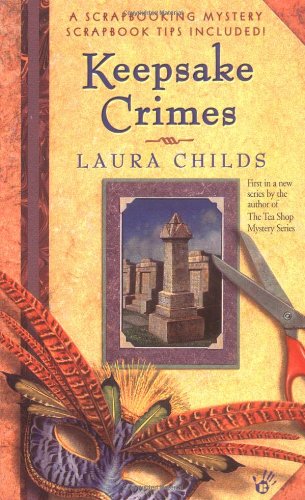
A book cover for Keepsake Crimes (A Scrapbooking Mystery); Laura Childs; Crafts, Hobbies & Home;